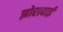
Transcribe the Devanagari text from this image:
झोराबाई